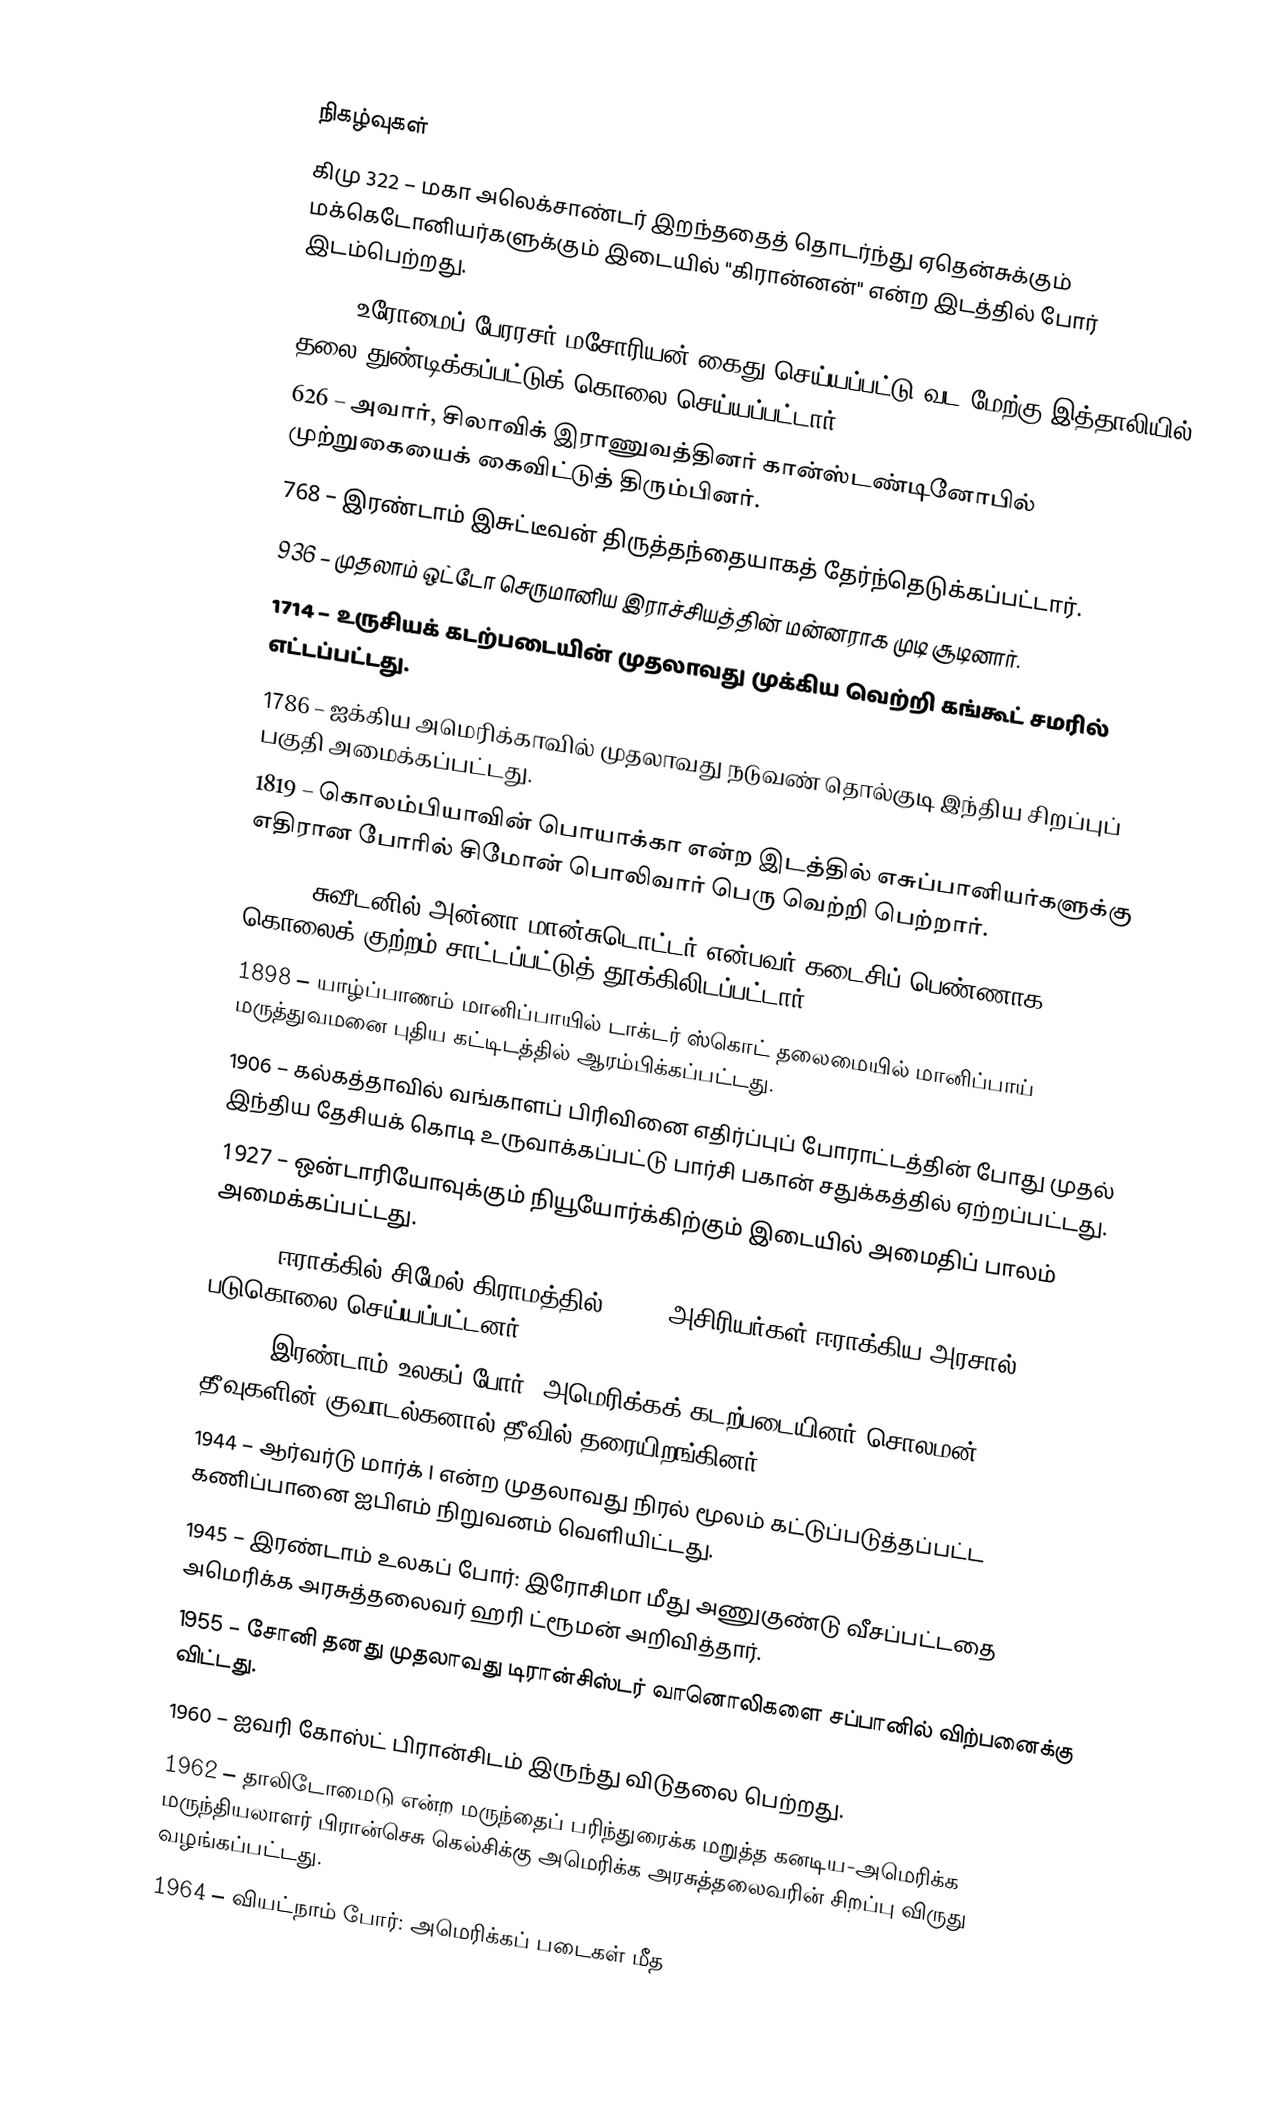

நிகழ்வுகள்
கிமு 322 – மகா அலெக்சாண்டர் இறந்ததைத் தொடர்ந்து ஏதென்சுக்கும் மக்கெடோனியர்களுக்கும் இடையில் "கிரான்னன்" என்ற இடத்தில் போர் இடம்பெற்றது.
461 – உரோமைப் பேரரசர் மசோரியன் கைது செய்யப்பட்டு வட-மேற்கு இத்தாலியில் தலை துண்டிக்கப்பட்டுக் கொலை செய்யப்பட்டார்.
626 – அவார், சிலாவிக் இராணுவத்தினர் கான்ஸ்டண்டினோபில் முற்றுகையைக் கைவிட்டுத் திரும்பினர்.
768 – இரண்டாம் இசுட்டீவன் திருத்தந்தையாகத் தேர்ந்தெடுக்கப்பட்டார்.
936 – முதலாம் ஒட்டோ செருமானிய இராச்சியத்தின் மன்னராக முடி சூடினார்.
1714 – உருசியக் கடற்படையின் முதலாவது முக்கிய வெற்றி கங்கூட் சமரில் எட்டப்பட்டது.
1786 – ஐக்கிய அமெரிக்காவில் முதலாவது நடுவண் தொல்குடி இந்திய சிறப்புப் பகுதி அமைக்கப்பட்டது.
1819 – கொலம்பியாவின் பொயாக்கா என்ற இடத்தில் எசுப்பானியர்களுக்கு எதிரான போரில் சிமோன் பொலிவார் பெரு வெற்றி பெற்றார்.
1890 – சுவீடனில் அன்னா மான்சுடொட்டர் என்பவர் கடைசிப் பெண்ணாக கொலைக் குற்றம் சாட்டப்பட்டுத் தூக்கிலிடப்பட்டார்.
1898 – யாழ்ப்பாணம் மானிப்பாயில் டாக்டர் ஸ்கொட் தலைமையில் மானிப்பாய் மருத்துவமனை புதிய கட்டிடத்தில் ஆரம்பிக்கப்பட்டது.
1906 – கல்கத்தாவில் வங்காளப் பிரிவினை எதிர்ப்புப் போராட்டத்தின் போது முதல் இந்திய தேசியக் கொடி உருவாக்கப்பட்டு பார்சி பகான் சதுக்கத்தில் ஏற்றப்பட்டது.
1927 – ஒன்டாரியோவுக்கும் நியூயோர்க்கிற்கும் இடையில் அமைதிப் பாலம் அமைக்கப்பட்டது.
1933 – ஈராக்கில் சிமேல் கிராமத்தில் 3,000 அசிரியர்கள் ஈராக்கிய அரசால் படுகொலை செய்யப்பட்டனர்.
1942 – இரண்டாம் உலகப் போர்: அமெரிக்கக் கடற்படையினர் சொலமன் தீவுகளின் குவாடல்கனால் தீவில் தரையிறங்கினர்.
1944 – ஆர்வர்டு மார்க் I என்ற முதலாவது நிரல் மூலம் கட்டுப்படுத்தப்பட்ட கணிப்பானை ஐபிஎம் நிறுவனம் வெளியிட்டது.
1945 – இரண்டாம் உலகப் போர்: இரோசிமா மீது அணுகுண்டு வீசப்பட்டதை அமெரிக்க அரசுத்தலைவர் ஹரி ட்ரூமன் அறிவித்தார்.
1955 – சோனி தனது முதலாவது டிரான்சிஸ்டர் வானொலிகளை சப்பானில் விற்பனைக்கு விட்டது.
1960 – ஐவரி கோஸ்ட் பிரான்சிடம் இருந்து விடுதலை பெற்றது.
1962 – தாலிடோமைடு என்ற மருந்தைப் பரிந்துரைக்க மறுத்த கனடிய-அமெரிக்க மருந்தியலாளர் பிரான்செசு கெல்சிக்கு அமெரிக்க அரசுத்தலைவரின் சிறப்பு விருது வழங்கப்பட்டது.
1964 – வியட்நாம் போர்: அமெரிக்கப் படைகள் மீத